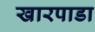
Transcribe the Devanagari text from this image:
खारपाडा